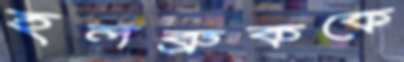
হলব্রুককে